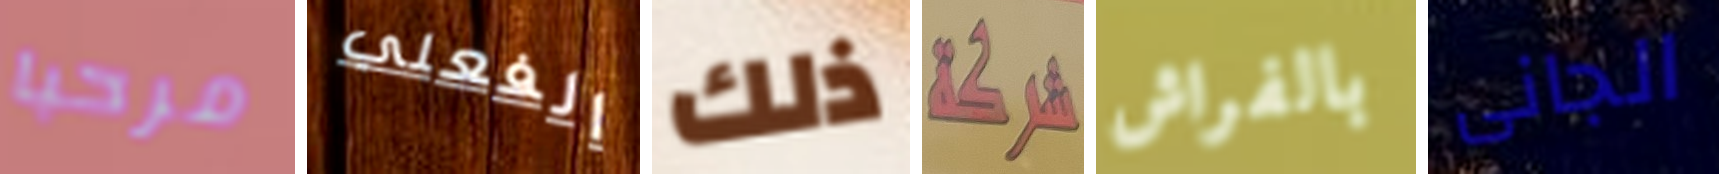
مرحبا الفعلي ذلك شركة بالفراش الجانى